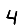
Digit: 4